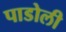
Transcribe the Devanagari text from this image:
पाडोली